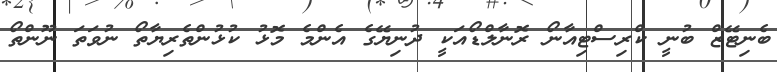
ބެނިޓޭޒް ބުނީ ކްރިސްޓިއާނޯ ރޮނާލްޑޯއަކީ ދުނިޔޭގެ އެންމެ މޮޅު ކުޅުންތެރިޔާތޯ ނުވަތަ ނޫންތޯ